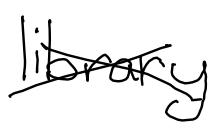
Text: library
Cross-out: cross
Writing tool: digital_black